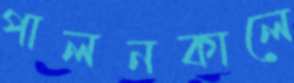
পালনকালে